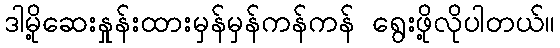
ဒါမို့ဆေးနှုန်းထားမှန်မှန်ကန်ကန် ရွေးဖို့လိုပါတယ်။